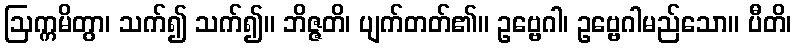
ဩက္ကမိတွာ၊ သက်၍ သက်၍။ ဘိဇ္ဇတိ၊ ပျက်တတ်၏။ ဥဗ္ဗေဂါ၊ ဥဗ္ဗေဂါမည်သော။ ပီတိ၊